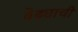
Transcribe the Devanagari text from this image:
वेढ्याची